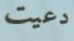
دعيت